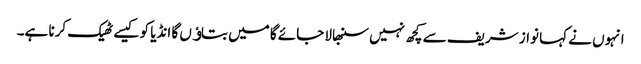
انہوں نے کہا نواز شریف سے کچھ نہیں سنبھالا جائے گا میں بتاﺅں گا انڈیا کو کیسے ٹھیک کرنا ہے۔